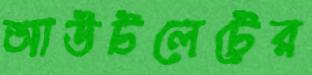
আউটলেটের